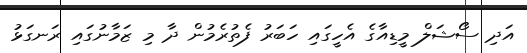
އަދި ސޯޝަލް މީޑިއާގެ އެހީގައި ހަބަރު ފެތުރެމުން ދާ މި ޒަމާނުގައި ރަނގަޅު